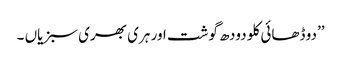
’’دو ڈھائی کلو دودھ گوشت اور ہری بھری سبزیاں ۔